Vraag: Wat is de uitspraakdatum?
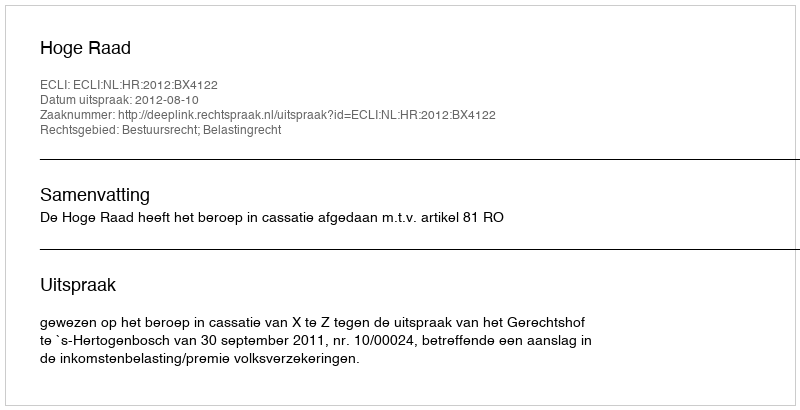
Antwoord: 2012-08-10